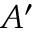
A ^ { \prime }